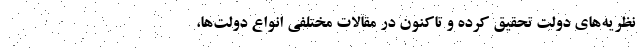
نظریه‌های دولت تحقیق کرده و تاکنون در مقالات مختلفی انواع دولت‌ها،